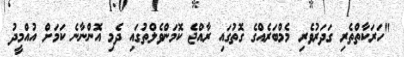
"ހަރަކާތްތެރި ގަދަރުވެރި މެމްބަރެއްގެ ގޮތުގައި ރާއްޖެ ކޮމަންވެލްތުގައި ދެމި އޮންނާނެ ކަމަށް އުއްމީދު